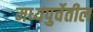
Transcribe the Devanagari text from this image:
मध्यपुर्वेतील